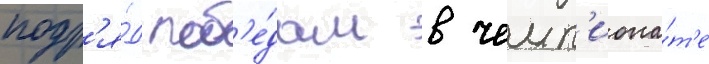
подр'я́д поб'е́дам в чемп'иона́т'е